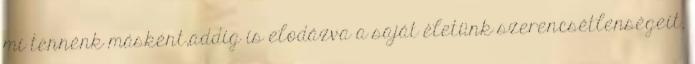
mi tennénk másként,addig is elodázva a saját életünk szerencsétlenségeit.